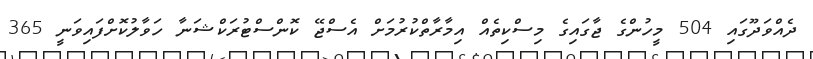
ދެއްވަދޫގައި 504 މީހުންގެ ޖާގައިގެ މިސްކިތެއް އިމާރާތްކުރުމަށް އެސްޖޭ ކޮންސްޓުރަކްޝަނާ ހަވާލުކޮށްފައިވަނީ 365